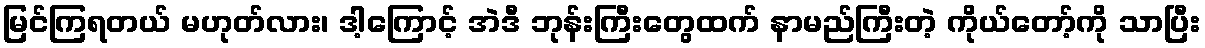
မြင်ကြရတယ် မဟုတ်လား၊ ဒါ့ကြောင့် အဲဒီ ဘုန်းကြီးတွေထက် နာမည်ကြီးတဲ့ ကိုယ်တော့်ကို သာပြီး